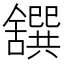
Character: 𦧸